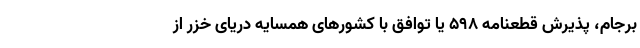
برجام، پذیرش قطعنامه ۵۹۸ یا توافق با کشورهای همسایه دریای خزر از